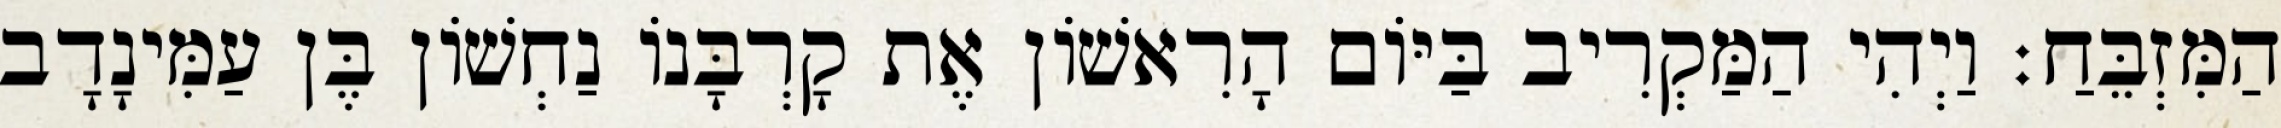
הַמִּזְבֵּחַ׃ וַיְהִי הַמַּקְרִיב בַּיּוֹם הָרִאשׁוֹן אֶת קָרְבָּנוֹ נַחְשׁוֹן בֶּן עַמִּינָדָב